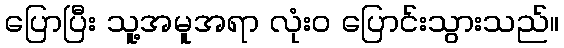
ပြောပြီး သူ့အမူအရာ လုံးဝ ပြောင်းသွားသည်။